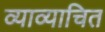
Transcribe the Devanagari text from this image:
व्याव्याचित